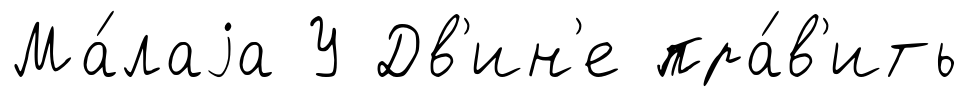
Ма́лаjа У Дв'ин'е пра́в'ить